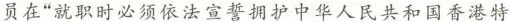
员在”就职时必须依法宣誓拥护中华人民共和国香港特